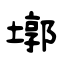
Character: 墎